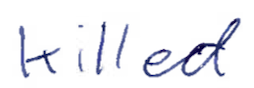
Text: killed
Cross-out: clean
Writing tool: ballpoint